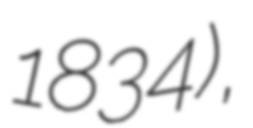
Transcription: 1834),